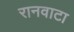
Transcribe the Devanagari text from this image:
रानवाटा